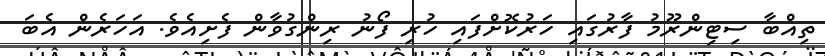
ތިއްބާ ސިޓިންރޫމު ފާރުގައި ހަރުކޮށްފައި ހުރި ފޯނު ރިންގުވާން ފެށިއެވެ. އަހަރެން އެބަ